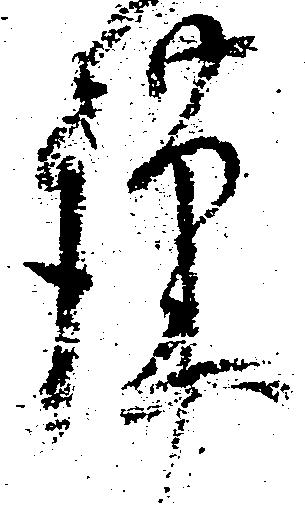
謹